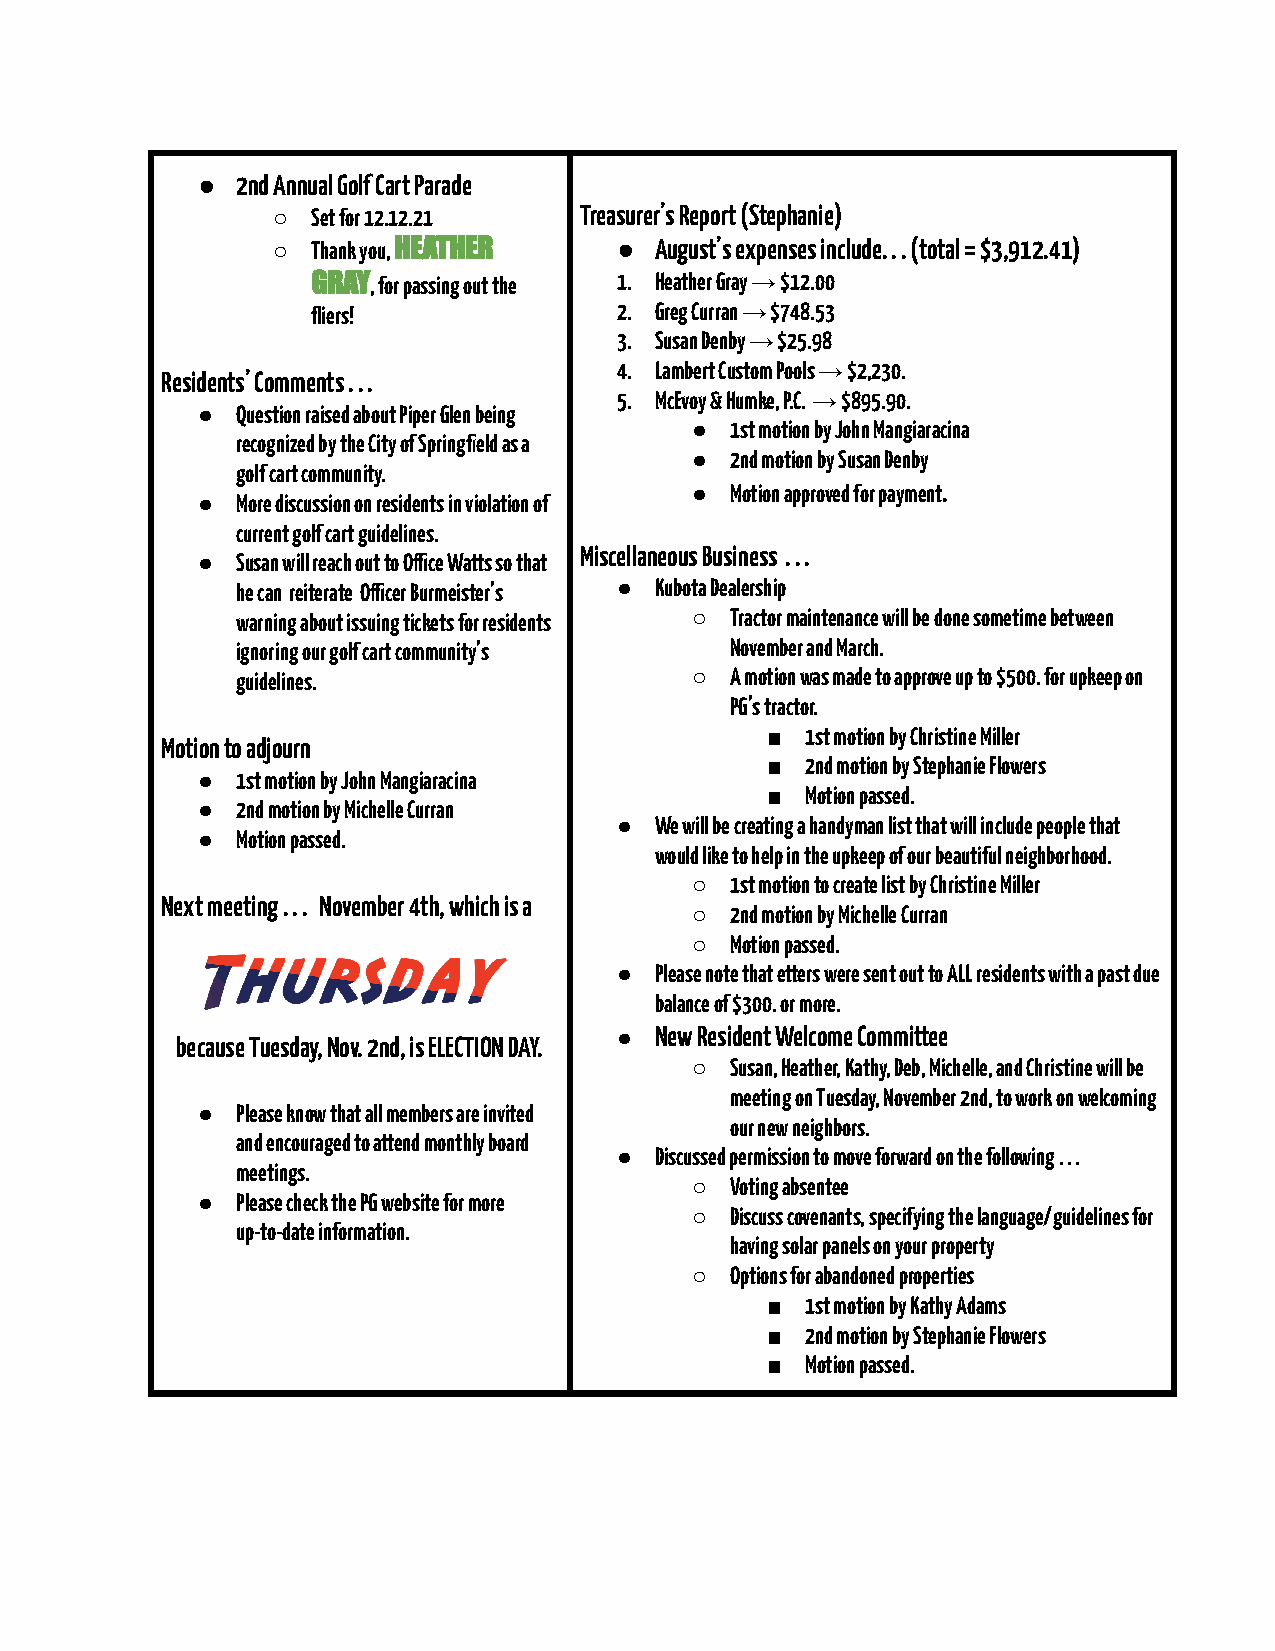
●  2nd Annual Golf Cart Parade
 ○  Set for 12.12.21 Treasurer’s Report (Stephanie)
 ○  Thank you,HEATHER   ● August’s expenses include. . . (total = $3,912.41)
 GRAY, for passing out the 1. Heather Gray → $12.00
 fliers!             2. Greg Curran → $748.53
 3. Susan Denby → $25.98
 4. Lambert Custom Pools → $2,230.
 Residents’ Comments . . .
 5. McEvoy & Humke, P.C. → $895.90.
 ●  Question raised about Piper Glen being
 ● 1st motion by John Mangiaracina
 recognized by the City of Springfield as a
 ● 2nd motion by Susan Denby
 golf cart community.
 ● Motion approved for payment.
 ●  More discussion on residents in violation of
 current golf cart guidelines.
 Miscellaneous Business . . .
 ●  Susan will reach out to Oce Watts so that
 he can reiterate Ocer Burmeister’s ● Kubota Dealership
 warning about issuing tickets for residents ○ Tractor maintenance will be done sometime between
 ignoring our golf cart community’s November and March.
 guidelines.                   ○ A motion was made to approve up to $500. for upkeep on
 PG’s tractor.
 ■ 1st motion by Christine Miller
 Motion to adjourn
 ■ 2nd motion by Stephanie Flowers
 ●  1st motion by John Mangiaracina
 ■ Motion passed.
 ●  2nd motion by Michelle Curran
 ● We will be creating a handyman list that will include people that
 ●  Motion passed.
 would like to help in the upkeep of our beautiful neighborhood.
 ○ 1st motion to create list by Christine Miller
 Next meeting . . . November 4th, which is a
 ○ 2nd motion by Michelle Curran
 ○ Motion passed.
 ● Please note that etters were sent out to ALL residents with a past due
 balance of $300. or more.
 ● New Resident Welcome Committee
 because Tuesday, Nov. 2nd, is ELECTION DAY.
 ○ Susan, Heather, Kathy, Deb, Michelle, and Christine will be
 meeting on Tuesday, November 2nd, to work on welcoming
 ●  Please know that all members are invited
 our new neighbors.
 and encouraged to attend monthly board
 ● Discussed permission to move forward on the following . . .
 meetings.
 ○ Voting absentee
 ●  Please check the PG website for more
 ○ Discuss covenants, specifying the language/guidelines for
 up-to-date information.
 having solar panels on your property
 ○ Options for abandoned properties
 ■ 1st motion by Kathy Adams
 ■ 2nd motion by Stephanie Flowers
 ■ Motion passed.